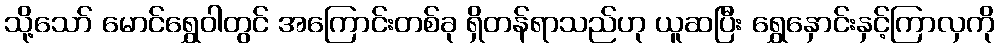
သို့သော် မောင်ရွှေဝါတွင် အကြောင်းတစ်ခု ရှိတန်ရာသည်ဟု ယူဆပြီး ရွှေနှောင်းနှင့်ကြာလှကို